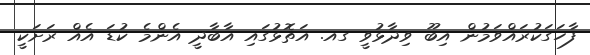
ފާހަގަކުރައްވަމުން އިބޫ ވިދާޅުވީ ގއ. އަތޮޅުގައި އާބާދީ އެންމެ ކުޑަ އެއް ރަށަކީ